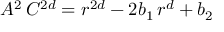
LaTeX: A ^ { 2 } \, C ^ { 2 d } = r ^ { 2 d } - 2 b _ { 1 } \, r ^ { d } + b _ { 2 }